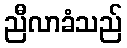
ညီလာခံသည်